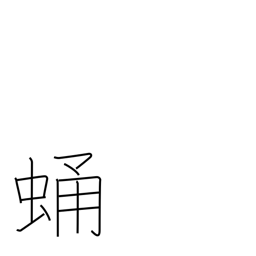
Meaning: chrysalis